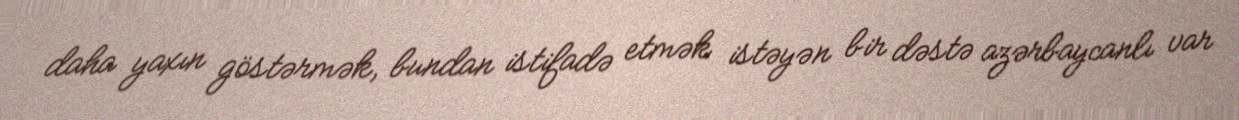
daha yaxın göstərmək, bundan istifadə etmək istəyən bir dəstə azərbaycanlı var